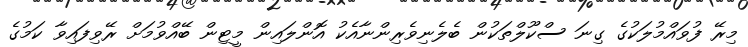
މިރޭ ފުވައްމުލަކުގެ ގިނަ ސްކޫލްތަކުން ބެލެނިވެރިންނާއެކު އޮންލައިން މީޓިން ބޭއްވުމަށް ރޭވިފައިވާ ކަމުގެ